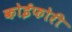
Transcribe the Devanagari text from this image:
कोईफोरी